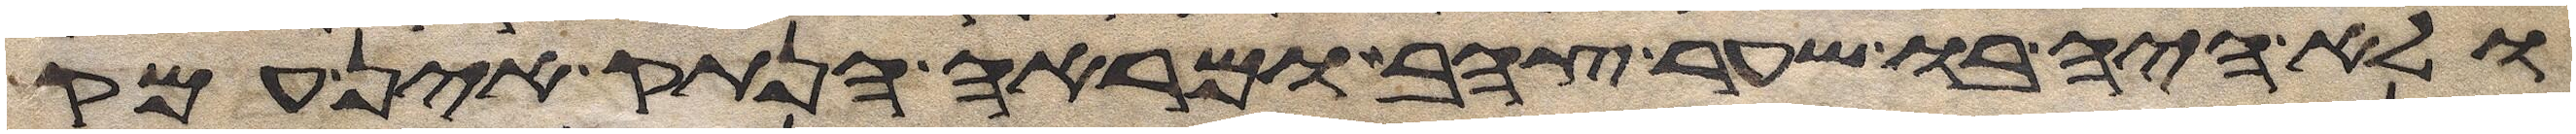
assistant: ולא היה בו שער צהב ומראה הנתק אין עמק